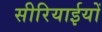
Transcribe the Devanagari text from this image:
सीरियाईयों